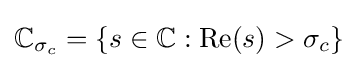
\mathbb {C} _{\sigma _{c}}=\{s\in \mathbb {C} :\operatorname {Re} (s)>\sigma _{c}\}